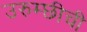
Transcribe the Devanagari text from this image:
उरुम्छीची